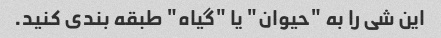
این شی را به "حیوان" یا "گیاه" طبقه بندی کنید.